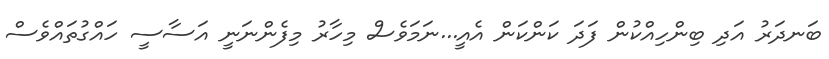
ބަނދަރު އަދި ބިންހިއްކުން ފަދަ ކަންކަން އެއީ...ނަމަވެސް މިހާރު މިފެންނަނީ އަސާސީ ހައްގުތައްވެސް